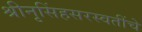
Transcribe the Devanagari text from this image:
श्रीनृसिंहसरस्वतींचे